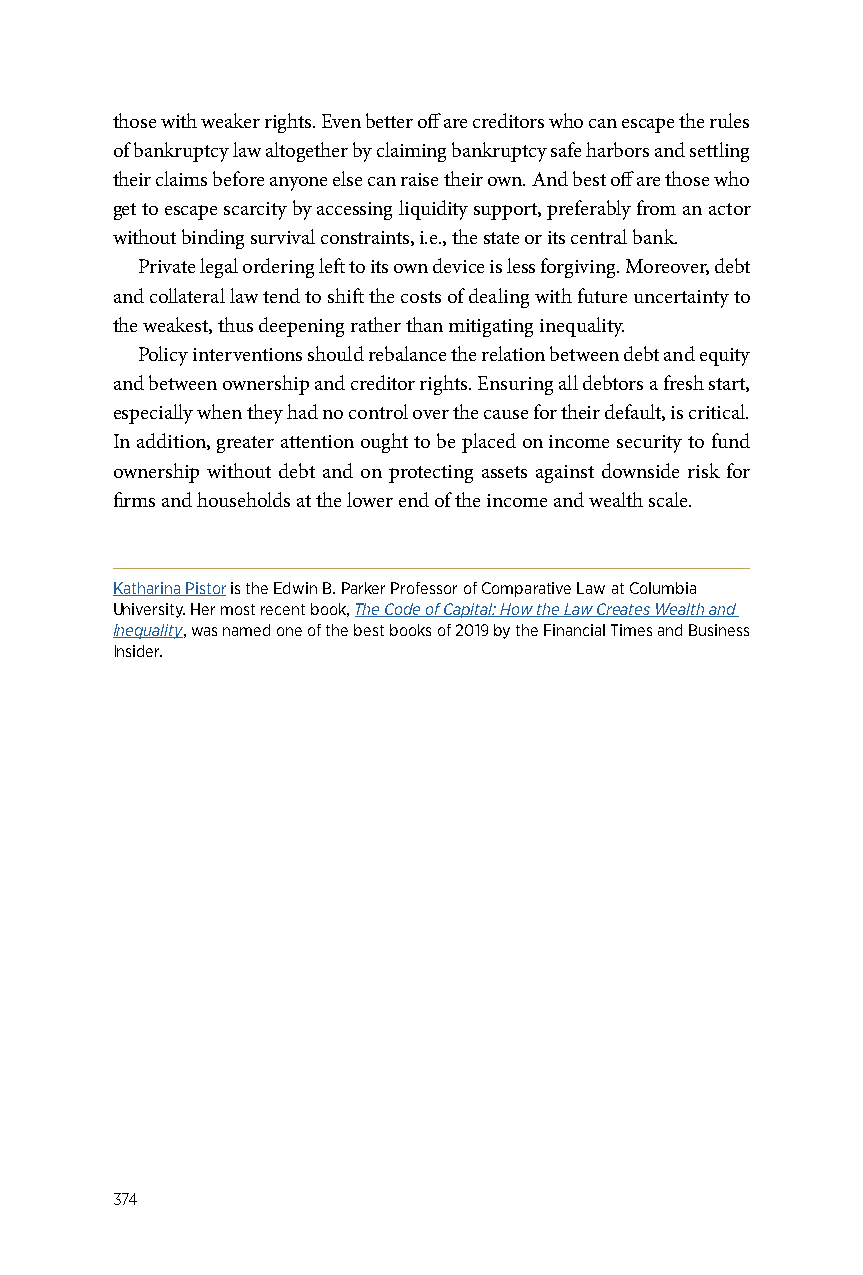
those with weaker rights. Even better off are creditors who can escape the rules
 of bankruptcy law altogether by claiming bankruptcy safe harbors and settling
 their claims before anyone else can raise their own. And best off are those who
 get to escape scarcity by accessing liquidity support, preferably from an actor
 without binding survival constraints, i.e., the state or its central bank.
 Private legal ordering left to its own device is less forgiving. Moreover, debt
 and collateral law tend to shift the costs of dealing with future uncertainty to
 the weakest, thus deepening rather than mitigating inequality.
 Policy interventions should rebalance the relation between debt and equity
 and between ownership and creditor rights. Ensuring all debtors a fresh start,
 especially when they had no control over the cause for their default, is critical.
 In addition, greater attention ought to be placed on income security to fund
 ownership without debt and on protecting assets against downside risk for
 firms and households at the lower end of the income and wealth scale.
 Katharina Pistor is the Edwin B. Parker Professor of Comparative Law at Columbia
 University. Her most recent book, The Code of Capital: How the Law Creates Wealth and
 Inequality, was named one of the best books of 2019 by the Financial Times and Business
 Insider.
 374